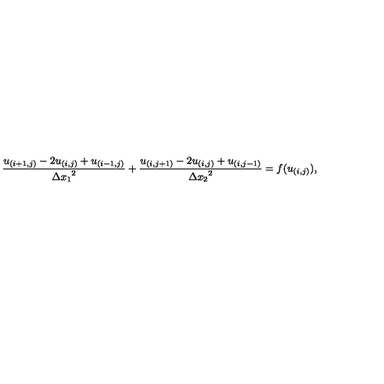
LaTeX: \frac { u _ { ( i + 1 , j ) } - 2 u _ { ( i , j ) } + u _ { ( i - 1 , j ) } } { { \Delta x _ { 1 } } ^ { 2 } } + \frac { u _ { ( i , j + 1 ) } - 2 u _ { ( i , j ) } + u _ { ( i , j - 1 ) } } { { \Delta x _ { 2 } } ^ { 2 } } = f ( u _ { ( i , j ) } ) ,